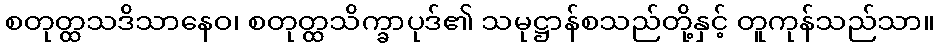
စတုတ္ထသဒိသာနေဝ၊ စတုတ္ထသိက္ခာပုဒ်၏ သမုဋ္ဌာန်စသည်တို့နှင့် တူကုန်သည်သာ။